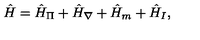
\hat { H } = \hat { H } _ { \Pi } + \hat { H } _ { \nabla } + \hat { H } _ { m } + \hat { H } _ { I } ,